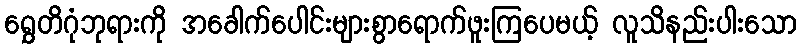
ရွှေတိဂုံဘုရားကို အခေါက်ပေါင်းများစွာရောက်ဖူးကြပေမယ့် လူသိနည်းပါးသော